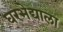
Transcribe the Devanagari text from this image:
घरभेद्याला